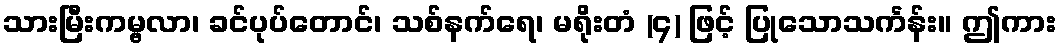
သားမြီးကမ္ဗလာ၊ ခင်ပုပ်တောင်၊ သစ်နက်ရေ၊ မရိုးတံ (၄) ဖြင့် ပြုသောသင်္ကန်း။ ဤကား